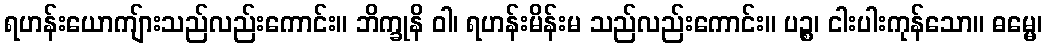
ရဟန်းယောကျ်ားသည်လည်းကောင်း။ ဘိက္ခုနိ ဝါ၊ ရဟန်းမိန်းမ သည်လည်းကောင်း။ ပဉ္စ၊ ငါးပါးကုန်သော။ ဓမ္မေ၊